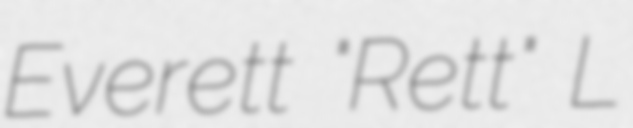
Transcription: Everett "Rett" L